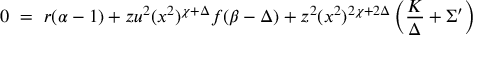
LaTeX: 0 ~ = ~ r ( \alpha - 1 ) + z u ^ { 2 } ( x ^ { 2 } ) ^ { \chi + \Delta } f ( \beta - \Delta ) + z ^ { 2 } ( x ^ { 2 } ) ^ { 2 \chi + 2 \Delta } \left( \frac { K } { \Delta } + \Sigma ^ { \prime } \right)